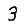
Digit: 3